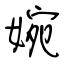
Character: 婉